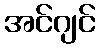
အင်ဂျင်